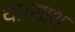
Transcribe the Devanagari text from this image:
था।साथ